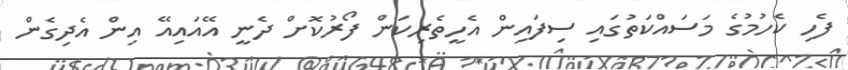
ފެހި ކެހުމުގެ މަސައްކަތުގައި ސިފައިން އެހީތެރިކަން ފޯރުކޮށް ދެނީ އޭއައިއޭ އިން އެދިގެން